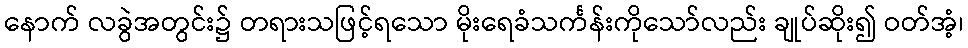
နောက် လခွဲအတွင်း၌ တရားသဖြင့်ရသော မိုးရေခံသင်္ကန်းကိုသော်လည်း ချုပ်ဆိုး၍ ဝတ်အံ့၊